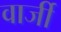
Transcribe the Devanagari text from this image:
वार्जी